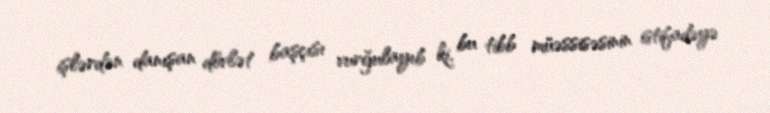
işlərdən danışan dövlət başçısı vurğulayıb ki, bu tibb müəssisəsinin istifadəyə